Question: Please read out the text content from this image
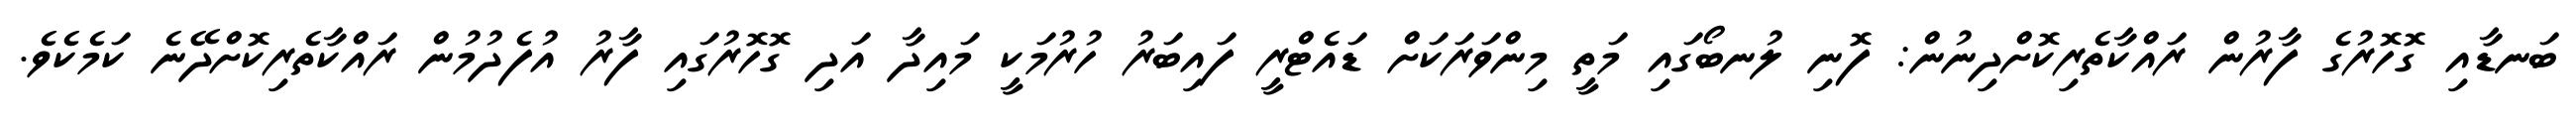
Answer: ބަނޑާއި ގޮހޮރުގެ ފާރުން ރައްކާތެރިކޮށްދިނުން: ފޮނި ލުނބޯގައި މަތީ މިންވަރަކަށް ޑައެޓްރީ ފައިބަރު ހުރުމަކީ މައިދާ އަދި ގޮހޮރުގައި ފާރު އުފެދުމުން ރައްކާތެރިކޮށްދޭނެ ކަމެކެވެ.